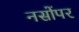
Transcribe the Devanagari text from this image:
नसोंपर